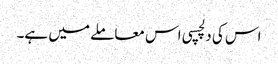
اس کی دلچسپی اس معاملے میں ہے۔